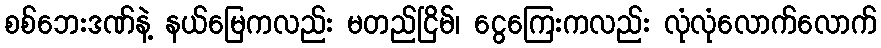
စစ်ဘေးဒဏ်နဲ့ နယ်မြေကလည်း မတည်ငြိမ်၊ ငွေကြေးကလည်း လုံလုံလောက်လောက်